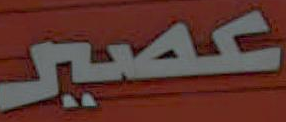
عصير